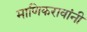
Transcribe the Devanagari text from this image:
माणिकरावांनी